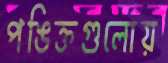
পঙিক্তগুলোয়